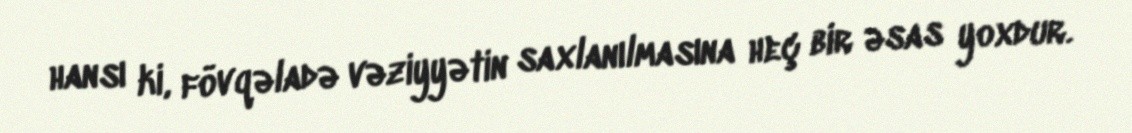
hansı ki, fövqəladə vəziyyətin saxlanılmasına heç bir əsas yoxdur.